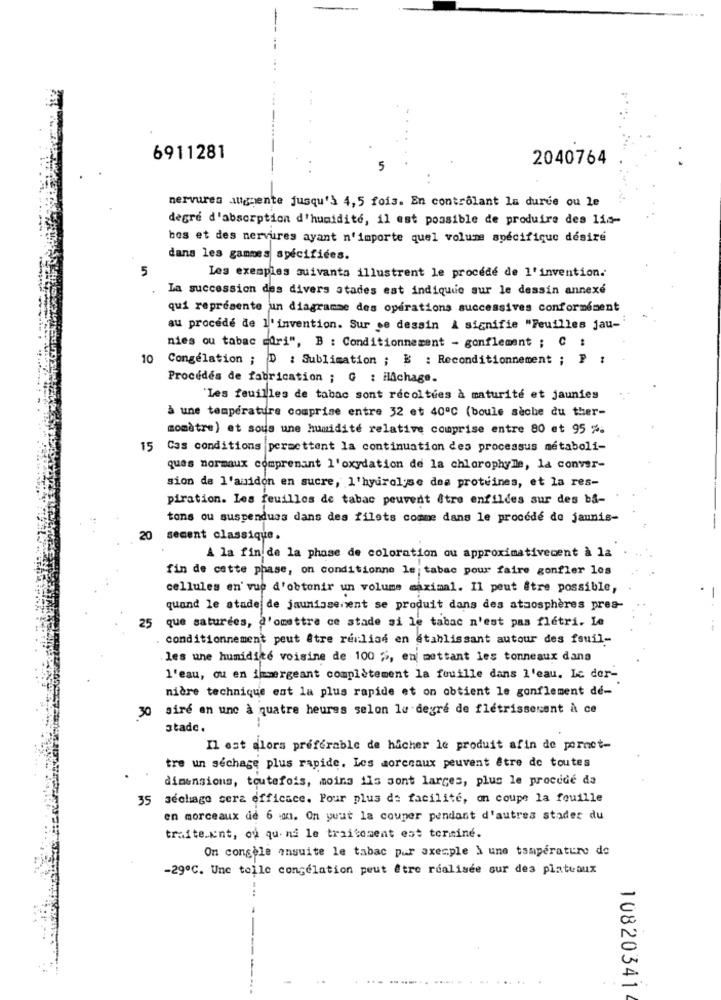
6911281
2040764
5
nervures augmente jusqu'à 4,5 fois. En contrôlant la durée ou le
degré d'absorption d'humidité, il est possible de produire des lis-
bes et des nervures ayant n'importe quel volume spécifique désire
dans les gammes spécifiées.
5
Les exemples suivanta illustrent le procede de l'invention.
La succession des divers stades est indique sur le dessin annexe
qui représente un diagramme des opérations successives conformément
au procede de l'invention. Sur se dessin & signifie "Feuilles jau-
nies ou tabac duri", B : Conditionnement - gonflement ; C :
10 Congélation ; D : Sublimation ; B : Reconditionnement ; P
Procédés de fabrication ; G : Hachage.
'Les feuilles de tabac sont récoltées à maturité et jaunies
à une température comprise entre 32 et 40ºC (boule sèche du ther-
momètre) et sous une humidité relative comprise entre 80 et 95 %.
15
Cas conditions permettent la continuation des processus metaboli-
ques normaux comprenant l'oxydation de la chlorophylle, la conver-
sion de l'amidon en sucre, l'hydrolyse des protéines, et la res-
piration. Les feuilles de tabac peuvent être enfildes sur des ba-
tons ou suspendues dans des filets comme dans le procede de jaunis-
20
secent classique.
A la fin de la phase de coloration ou approximativement à la
fin de cette phase, on conditionne le tabac pour faire gonfler los
cellules en'vue d'obtenir un volume maximal. Il peut être possible,
quand le stade de jaunissenent se produit dans des atmosphères pres-
25
que saturées, d'omettre ce stade si le tabac n'est pas flétri. Le
conditionnement peut être realise en stahlissant autour des fsuil-
les une humidité voisine de 100 %, en mettant les tonneaux dans
l'eau, ou en immergeant complètement la fouille dans l'eau. Le der-
nière technique ent la plus rapide et on obtient le gonflement de-
30 sire en unc à quatre heures selon le degré de fletrissement à ce
stade.
Il est alors preferable de hicher le produit afin de pornot-
tre un séchage plus rapide. Les morceaux peuvent être de toutes
dimensions, toutefois, moins ils sont larges, plus le procede da
35 séchage cerz efficace. Pour plus de facilité, on coupe la feuille
en morceaux de 6 an. On yuut la couper pendant d'autres stades du
traite.unt, ou qu- ni le traitement est terminé.
On congèle ensuite le tabac par exemple à une température de
-29ºC. Une telle congélation peut être réalisée sur des plateaux
108203414